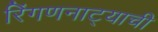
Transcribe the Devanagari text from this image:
रिंगणनाट्याची